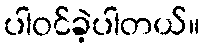
ပါဝင်ခဲ့ပါတယ်။